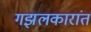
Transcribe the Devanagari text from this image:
गझलकारांत